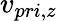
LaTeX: v_{pri,z}